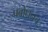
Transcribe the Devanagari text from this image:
प्रबोधनच